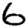
Digit: 6